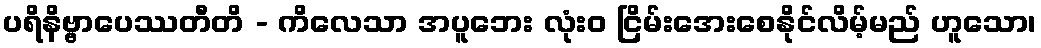
ပရိနိဗ္ဗာပေဿတီတိ - ကိလေသာ အပူဘေး လုံးဝ ငြိမ်းအေးစေနိုင်လိမ့်မည် ဟူသော၊